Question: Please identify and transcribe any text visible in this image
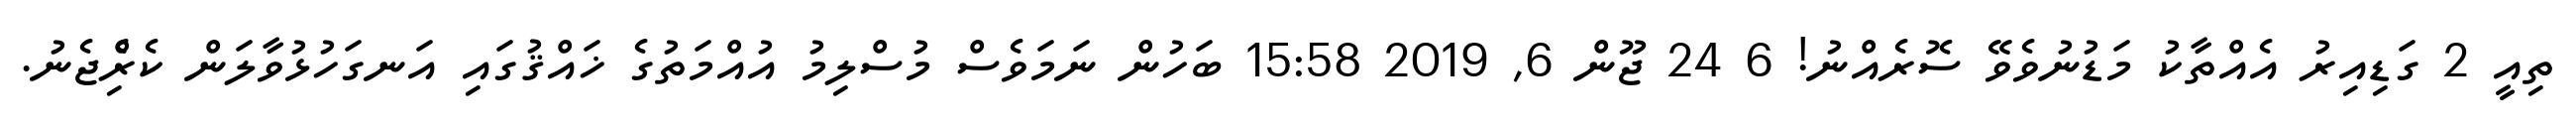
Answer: ތިއީ 2 ގަޑިއިރު އެއްތާކު މަޑުނުވެވޭ ސޮރެއްނު! 6 24 ޖޫން 6, 2019 15:58 ބަހުން ނަމަވެސް މުސްލިމު އުއްމަތުގެ ޚައްޤުގައި އަނގަހުޅުވާލަން ކެރިެްޖެނު.